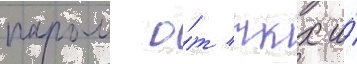
паром о́т ткх и́